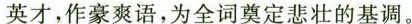
英才，作豪爽语，为全词奠定悲壮的基调。